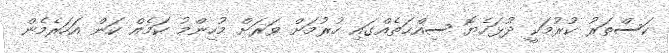
ކަސްތަރު ކުރުމަކީ ދުޅަހެޔޮ ސިއްޙަތެއްގައި ހުރުމަށް ވަރަށް މުހިންމު ކަމެއް ކަން އަހަރެމެން